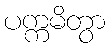
ပက္ကမိတွာ